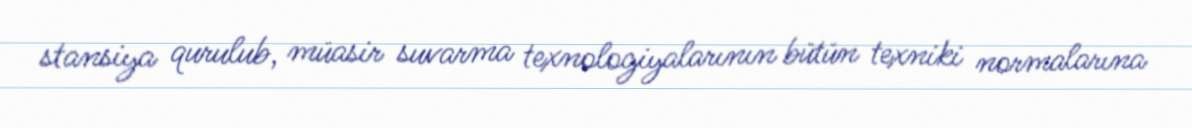
stansiya qurulub, müasir suvarma texnologiyalarının bütün texniki normalarına